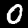
Label: 0